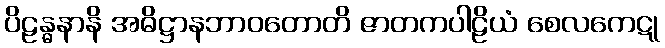
ပိဠန္ဓနာနိ အဓိဋ္ဌာနဘာဝတောတိ ဇာတကပါဠိယံ စေလကေဋု